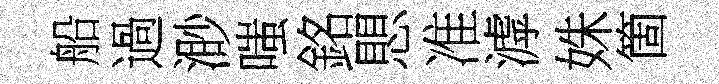
船過渺嗤銘愳准滹姝箇